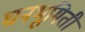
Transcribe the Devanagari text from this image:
घनभूमिती